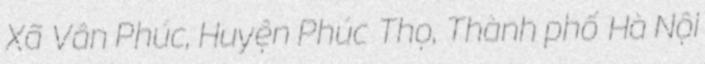
Xã Vân Phúc, Huyện Phúc Thọ, Thành phố Hà Nội